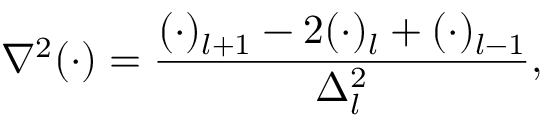
\nabla ^ { 2 } ( \cdot ) = \frac { ( \cdot ) _ { l + 1 } - 2 ( \cdot ) _ { l } + ( \cdot ) _ { l - 1 } } { \Delta _ { l } ^ { 2 } } ,